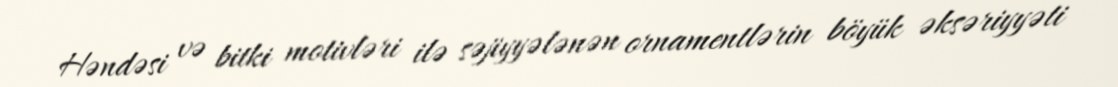
Həndəsi və bitki motivləri ilə səjiyyələnən ornamentlərin böyük əksəriyyəti